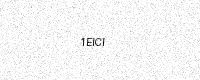
Text: 1EICI